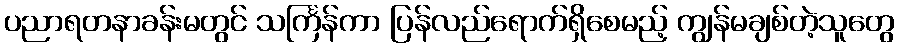
ပညာရတနာခန်းမတွင် သင်္ကြန်ကာ ပြန်လည်ရောက်ရှိစေမည့် ကျွန်မချစ်တဲ့သူတွေ